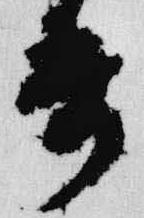
哥